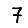
Digit: 7